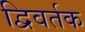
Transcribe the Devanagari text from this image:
द्विवर्तक